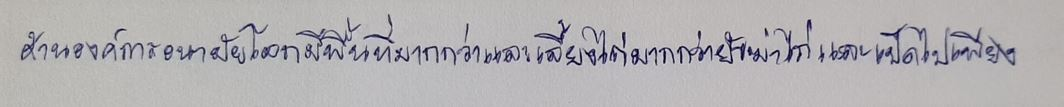
ด้านองค์การอนามัยโลกมีพื้นที่มากกว่าและเลี้ยงไก่มากกว่ายังฆ่าไก่และเป็ดไปเพียง